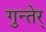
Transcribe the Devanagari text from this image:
गुन्तेर्